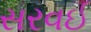
સરવઈ